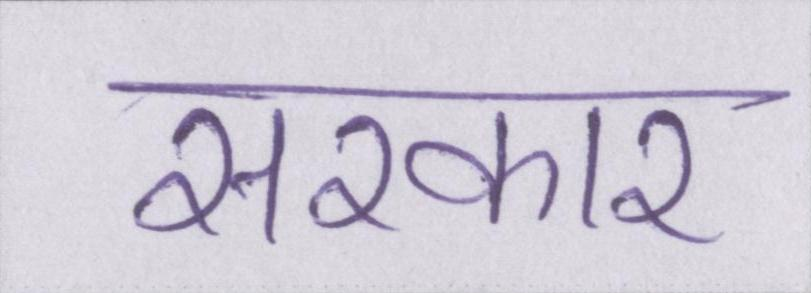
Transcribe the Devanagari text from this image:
सरकार